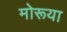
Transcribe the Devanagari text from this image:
मोरूया